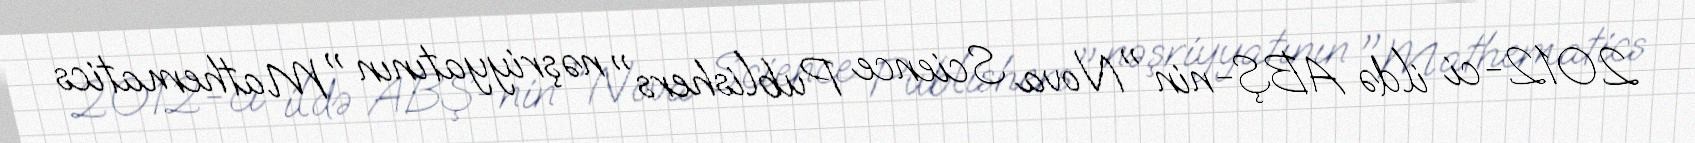
2012-ci ildə ABŞ-nin "Nova Science Publishers" nəşriyyatının "Mathematics